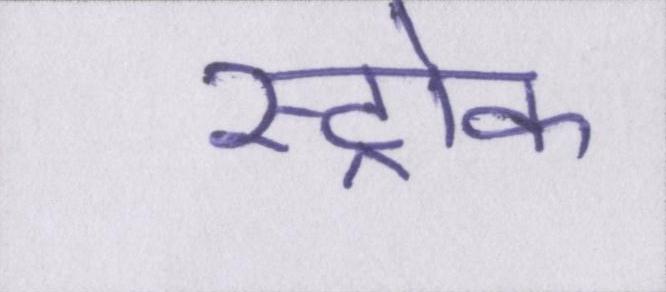
स्ट्रोक